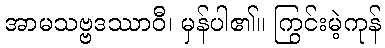
အာမသဗ္ဗဒဿာဝီ၊ မှန်ပါ၏။ ကြွင်းမဲ့ကုန်